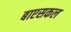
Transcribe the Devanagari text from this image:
बाएसकल